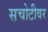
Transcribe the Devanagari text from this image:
सचोटीवर